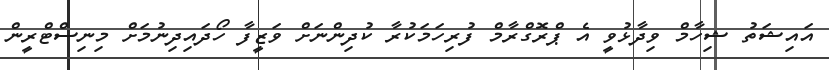
އައިޝަތު ޝިހާމް ވިދާޅުވީ އެ ޕްރޮގްރާމް ފުރިހަމަކުރާ ކުދިންނަށް ވަޒީފާ ހޯދައިދިނުމަށް މިނިސްޓްރީން